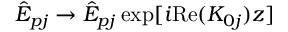
\hat { E } _ { p j } \rightarrow \hat { E } _ { p j } \exp [ i \mathrm { R e } ( K _ { 0 j } ) z ]